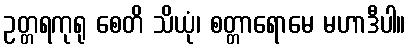
ဥတ္တရကုရု စေတိ သိယုံ၊ စတ္တာရောမေ မဟာဒီပါ။